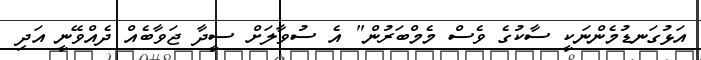
އަޅުގަނޑުމެންނަކީ ސާކުގެ ވެސް މެމްބަރުން" އެ ސުވާލަށް ސީދާ ޖަވާބެއް ދެއްވޭނީ އަދި